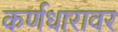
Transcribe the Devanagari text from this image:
कर्णधारावर